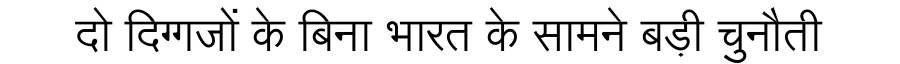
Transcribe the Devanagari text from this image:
दो दिग्गजों के बिना भारत के सामने बड़ी चुनौती